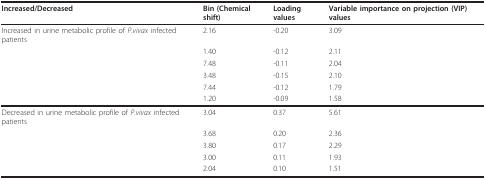
| Increased/Decreased | Bin (Chemical shift) | Loading values | Variable importance on projection (VIP) values |
 | --- | --- | --- | --- |
 | Increased in urine metabolic profile of P.vivax infected patients | 2.16 | -0.20 | 3.09 |
 |  | 1.40 | -0.12 | 2.11 |
 |  | 7.48 | -0.11 | 2.04 |
 |  | 3.48 | -0.15 | 2.10 |
 |  | 7.44 | -0.12 | 1.79 |
 |  | 1.20 | -0.09 | 1.58 |
 | Decreased in urine metabolic profile of P.vivax infected patients | 3.04 | 0.37 | 5.61 |
 |  | 3.68 | 0.20 | 2.36 |
 |  | 3.80 | 0.17 | 2.29 |
 |  | 3.00 | 0.11 | 1.93 |
 |  | 2.04 | 0.10 | 1.51 |